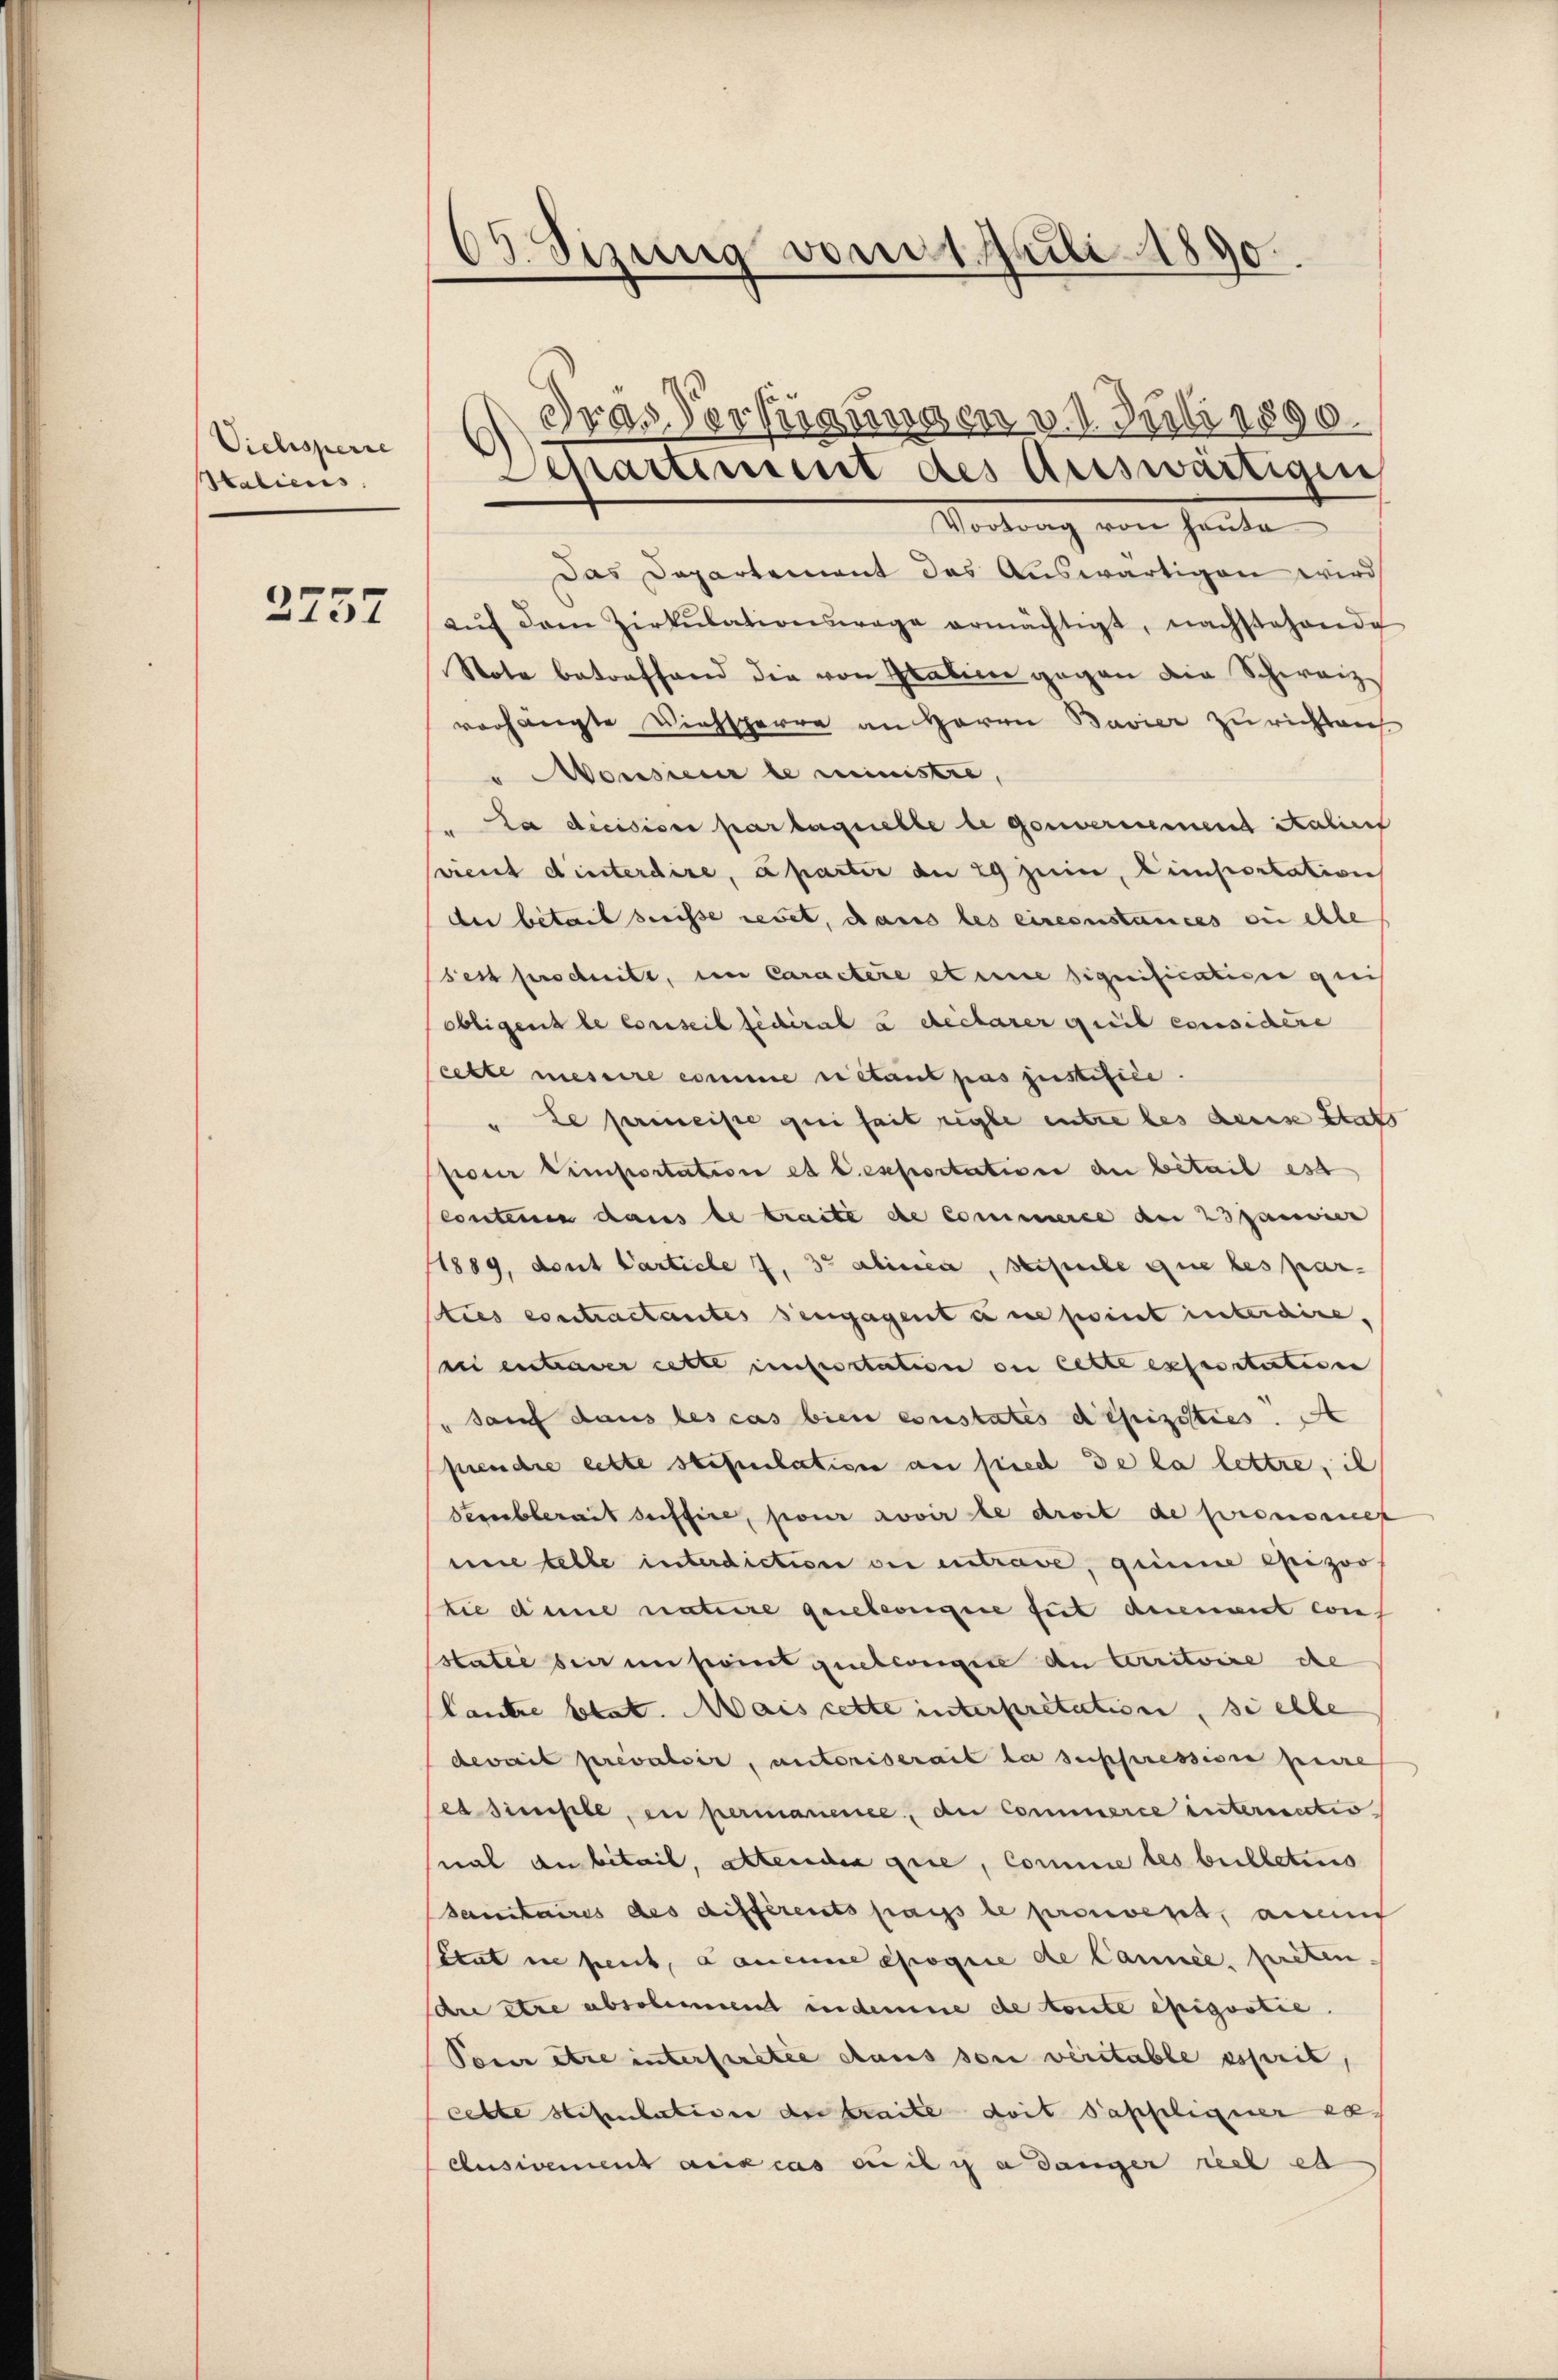
Viehsperre
Staliens.

2257

03. Sizung vom 1. Juli 1890.

Gras Verfügungen v. 1. Juli 1890.
Schartiment des Auswärtigen

Vortrag von heute
Das Departement des Auswärtigen wird
aŭf dem Zirkŭlationswege ermächtigt, nachstehende
Note betreffend die von Graben gegen die Schweiz
verhängte Viehsperre an Herrn Bavier zu richten
" Monsur le ministre
"La decision par laquelle de gouvernement italien
sreut diesterdire, à partir die 29 zum Einsertation
der betail breisse revet, dans les circonstances ou elle
sest produite, im Caractere et eine signification geis
obligens le Conseil fédéral u declarer geeil considère
cette messire comme rétant pas justifice.
" Le primeiste qui seit regle entre les denn stat
pour temportation et l. exportatione du bétail est
Continen dans le traite de Commerce der 23 panvier
1889, dont Carticle 7, 32 alicsca, stipule que les par-
ties contractantes sengagent une point interaire,
i entrager cette unseritation ou cette experitativen
" sauf dans les cas bien constates defizisties. A
pendre cette stipulation an fried de la lettre, il
Sessiblerait suffire, pour avoir le droit de prononcep
mne telle interdiction der entrave, grinne Epizoo
tie deine nature griebereigere tut duement wies
sstatie hier in seint quelcongire den territoire ehe
lantre stat. Mais cette interpretation, si elle
deweit prévaloir, autoriserait la suppressione pere
es diesele, en permanensee, du commerce interrectio
nal an bitail, altenden que, comme les bulletins
Sanitaires des différents pas le prossend, ansen
Etat in peut, daneune époque de Cannée, preten.
schne etwa absolument indemme de toute exigootie
Pour être interfertie daus son veritable esserit,
cette stipulativen der traite doit Pappliquer se
Ausivement aux cas eili a danger rech es